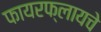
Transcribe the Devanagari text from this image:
फायरफ्लायचे